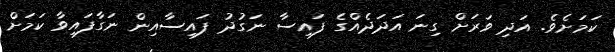
ކަމަށެވެ. އަދި ވަރަށް ގިނަ އަދަދެއްގެ ފައިސާ ނަގުދު ފައިސާއިން ނަގާފައިވާ ކަމަށް